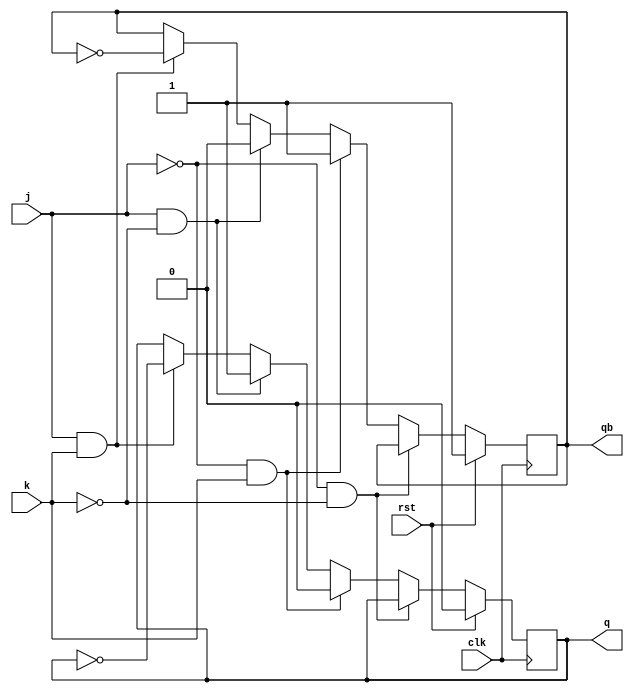
`timescale 1ns / 1ps
//////////////////////////////////////////////////////////////////////////////////
// Company: 
// Engineer: 
// 
// Design Name: 
// Module Name:    jkff 
// Project Name: 
// Target Devices: 
// Tool versions: 
// Description: 
//
// Dependencies: 
//
// Revision: 
// Revision 0.01 - File Created
// Additional Comments: 
//
//////////////////////////////////////////////////////////////////////////////////
module jkff(
    input j,k,clk,rst,
    output reg q,qb
    );
	 always@(posedge clk)
	 begin
	  if(rst ==1)
	   begin
		 q=1'b0;qb=1'b1;
		end
	  else if(j==0 && k==0)
	   begin
		 q=q;qb=qb;
		 end
	  else if(j==0 && k==1)
	   begin
		 q=1'b0;qb=1'b1;
		 end
     else if(j==1 && k==0)
	   begin
		 q=1'b1;qb=1'b0;
		 end
     else if(j==1 && k==1)
	   begin
		 q=~q;qb=~qb;
		 end		 
	 end


endmodule